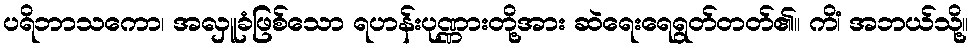
ပရိဘာသကော၊ အလှူခံဖြစ်သော ရဟန်းပုဏ္ဏားတို့အား ဆဲရေးရေရွတ်တတ်၏။ ကိံ၊ အဘယ်သို့။